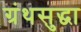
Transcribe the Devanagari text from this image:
ग्रंथसुद्धा